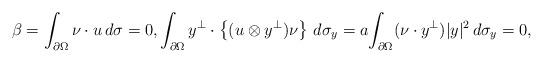
LaTeX: \begin{align*}\beta=\int_{\partial\Omega}\nu\cdot u\,d\sigma=0, \int_{\partial\Omega}y^\perp\cdot\left\{(u\otimes y^\perp)\nu\right\}\,d\sigma_y=a\!\int_{\partial\Omega}(\nu\cdot y^\perp)|y|^2\,d\sigma_y=0,\end{align*}